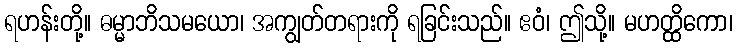
ရဟန်းတို့။ ဓမ္မာဘိသမယော၊ အကျွတ်တရားကို ရခြင်းသည်။ ဧဝံ၊ ဤသို့။ မဟတ္ထိကော၊